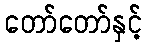
တော်တော်နှင့်